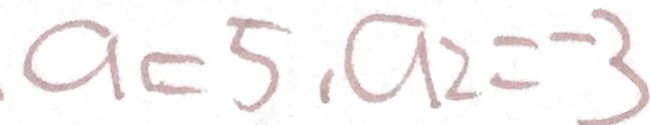
a = 5 , a _ { 2 } = - 3